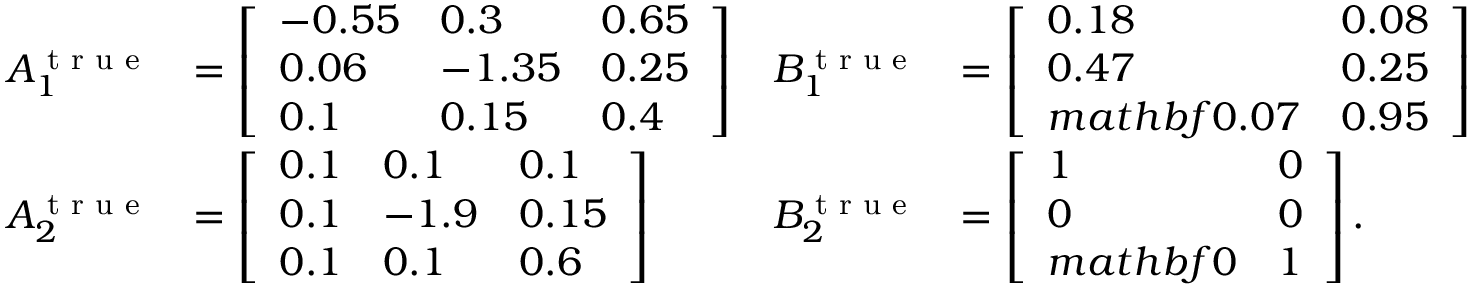
\begin{array} { r l r l } { A _ { 1 } ^ { \textrm { t r u e } } } & { = \left[ \begin{array} { l l l } { - 0 . 5 5 } & { 0 . 3 } & { 0 . 6 5 } \\ { 0 . 0 6 } & { - 1 . 3 5 } & { 0 . 2 5 } \\ { 0 . 1 } & { 0 . 1 5 } & { 0 . 4 } \end{array} \right] } & { B _ { 1 } ^ { \textrm { t r u e } } } & { = \left[ \begin{array} { l l } { 0 . 1 8 } & { 0 . 0 8 } \\ { 0 . 4 7 } & { 0 . 2 5 } \\ { m a t h b f { 0 } . 0 7 } & { 0 . 9 5 } \end{array} \right] } \\ { A _ { 2 } ^ { \textrm { t r u e } } } & { = \left[ \begin{array} { l l l } { 0 . 1 } & { 0 . 1 } & { 0 . 1 } \\ { 0 . 1 } & { - 1 . 9 } & { 0 . 1 5 } \\ { 0 . 1 } & { 0 . 1 } & { 0 . 6 } \end{array} \right] } & { B _ { 2 } ^ { \textrm { t r u e } } } & { = \left[ \begin{array} { l l } { 1 } & { 0 } \\ { 0 } & { 0 } \\ { m a t h b f { 0 } } & { 1 } \end{array} \right] . } \end{array}